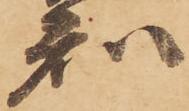
知